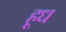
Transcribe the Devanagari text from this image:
हूध